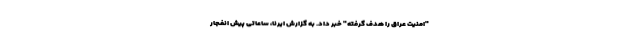
"امنیت عراق را هدف گرفته" خبر داد. به گزارش ایرنا، ساعاتی پیش انفجار